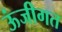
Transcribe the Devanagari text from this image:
ऊंजीगत